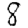
Digit: 8